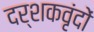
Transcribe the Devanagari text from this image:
दर्शकवृंदों